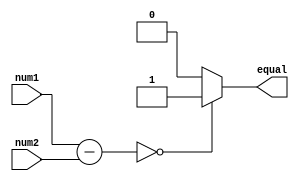
module arithmetic_comparator (
    input wire [7:0] num1,
    input wire [7:0] num2,
    output reg equal
);

reg [7:0] result;

always @(*) begin
    result = num1 - num2;
end

always @(*) begin
    if (result == 0) begin
        equal = 1;
    end else begin
        equal = 0;
    end
end

endmodule